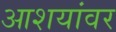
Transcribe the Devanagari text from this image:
आशयांवर